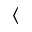
\langle